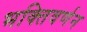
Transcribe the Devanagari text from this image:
भक्तिवर्णन